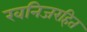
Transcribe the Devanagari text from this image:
खनिजरहित